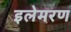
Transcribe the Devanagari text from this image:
इलेमरण